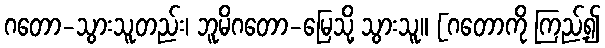
ဂတော-သွားသူတည်း၊ ဘူမိဂတော-မြေသို့ သွားသူ။ [ဂတောကို ကြည့်၍